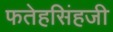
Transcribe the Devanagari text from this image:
फतेहसिंहजी